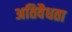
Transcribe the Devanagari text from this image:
अतिवैधता